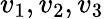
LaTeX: v_{1},v_{2},v_{3}